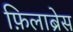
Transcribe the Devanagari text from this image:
फ़िलाब्रेस